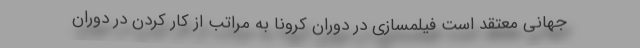
‌جهانی معتقد است فیلمسازی در دوران کرونا به مراتب از کار کردن در دوران